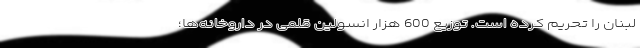
لبنان را تحریم کرده است. توزیع 600 هزار انسولین قلمی در داروخانه‌ها؛